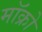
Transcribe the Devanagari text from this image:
मॉक्रो